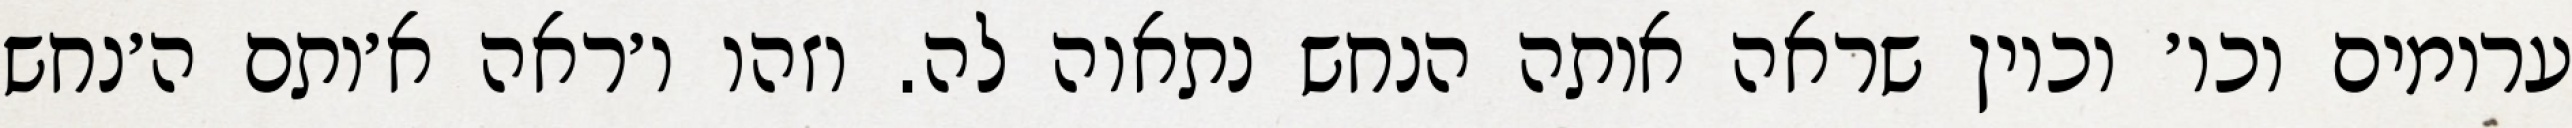
ערומים וכו׳ וכיון שראה אותה הנחש נתאוה לה. וזהו ו׳ראה א׳ותם ה׳נחש